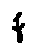
f